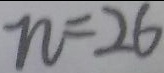
n = 2 6